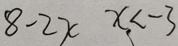
8 - 2 x x < - 3